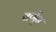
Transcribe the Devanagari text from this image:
वर्णून